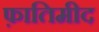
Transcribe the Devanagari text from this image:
फ़ातिमीद